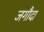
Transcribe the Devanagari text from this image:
जगौदा